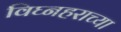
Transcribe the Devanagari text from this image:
विघ्नहराच्या